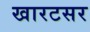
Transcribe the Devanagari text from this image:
खारटसर